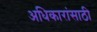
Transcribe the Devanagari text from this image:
अधिकारांसाठी